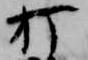
打